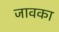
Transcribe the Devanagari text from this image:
जावका